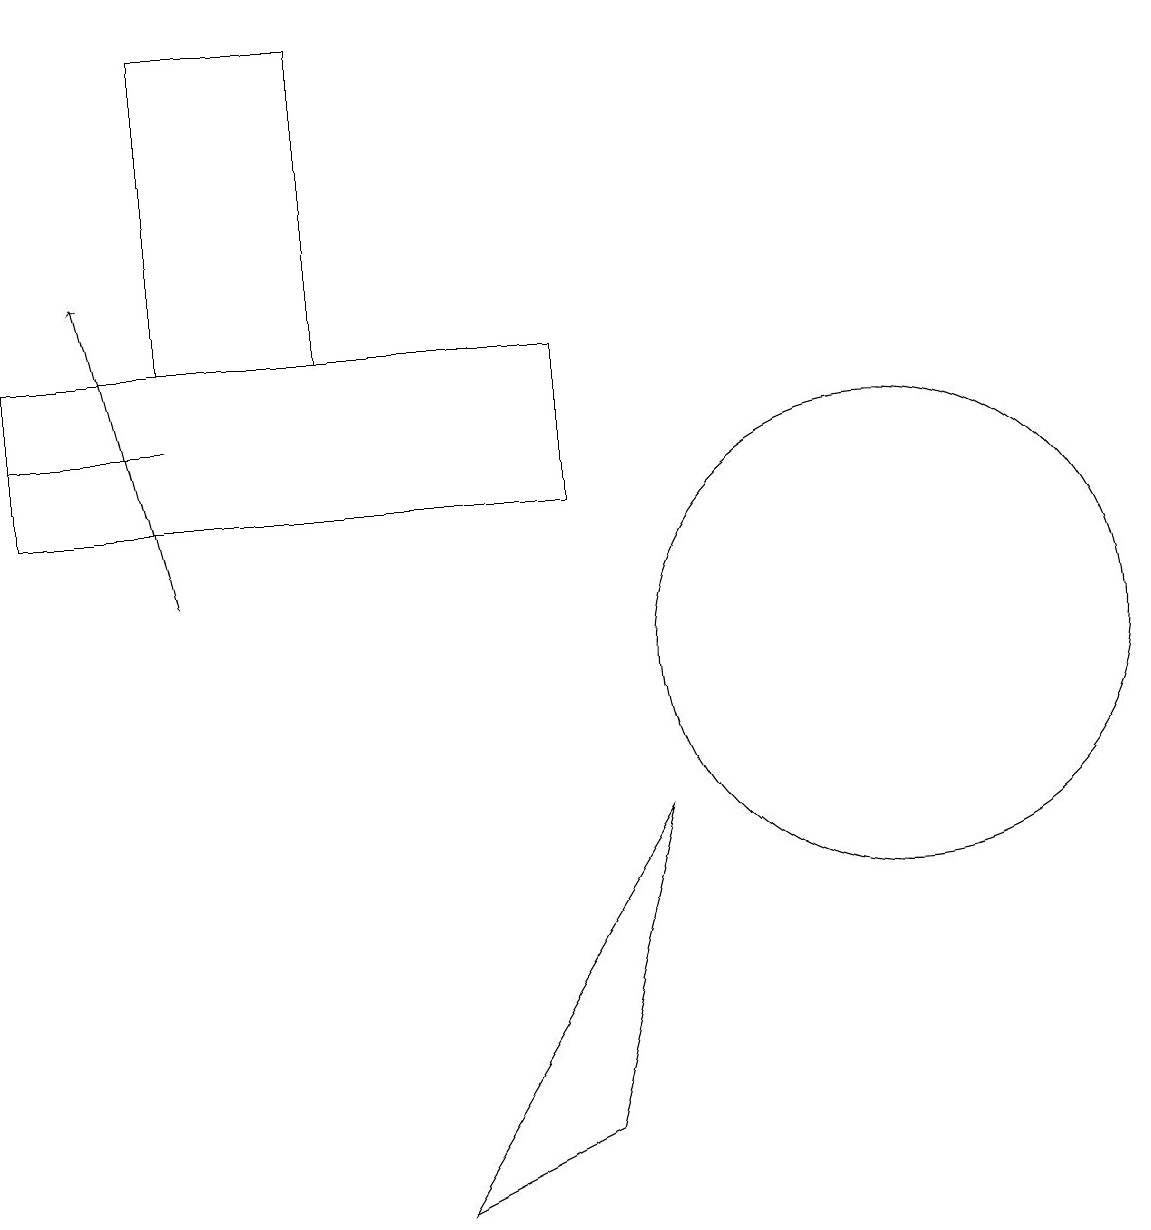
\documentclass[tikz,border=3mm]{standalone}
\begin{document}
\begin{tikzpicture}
\draw (12,10) circle (3);
\draw (3,13) rectangle (1,13);
\draw[->] (3,11) -- (2,15);
\draw (1,12) rectangle (8,14);
\draw (6,3) -- (9,8) -- (8,4) -- cycle;
\draw (3,14) rectangle (5,18);
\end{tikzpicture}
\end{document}